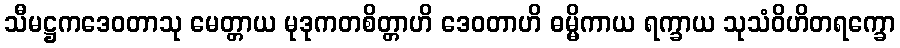
သီမဋ္ဌကဒေဝတာသု မေတ္တာယ မုဒုကတစိတ္တာဟိ ဒေဝတာဟိ ဓမ္မိကာယ ရက္ခာယ သုသံဝိဟိတရက္ခော